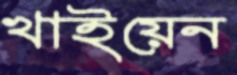
খাইয়েন